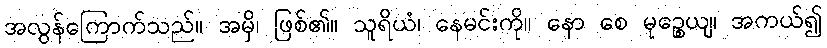
အလွန်ကြောက်သည်။ အမှိ၊ ဖြစ်၏။ သူရိယံ၊ နေမင်းကို။ နော စေ မုဉ္စေယျ၊ အကယ်၍